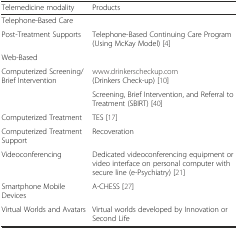
<table><thead><tr><td><b>Telemedicine modality</b></td><td><b>Products</b></td></tr></thead><tbody><tr><td colspan="2">Telephone-Based Care</td></tr><tr><td>Post-Treatment Supports</td><td>Telephone-Based Continuing Care Program (Using McKay Model) [4]</td></tr><tr><td colspan="2">Web-Based</td></tr><tr><td>Computerized Screening/Brief Intervention</td><td>www.drinkerscheckup.com (Drinkers Check-up) [10]</td></tr><tr><td></td><td>Screening, Brief Intervention, and Referral to Treatment (SBIRT) [40]</td></tr><tr><td>Computerized Treatment</td><td>TES [17]</td></tr><tr><td>Computerized Treatment Support</td><td>Recoveration</td></tr><tr><td>Videoconferencing</td><td>Dedicated videoconferencing equipment or video interface on personal computer with secure line (e-Psychiatry) [21]</td></tr><tr><td>Smartphone Mobile Devices</td><td>A-CHESS [27]</td></tr><tr><td>Virtual Worlds and Avatars</td><td>Virtual worlds developed by Innovation or Second Life</td></tr></tbody></table>